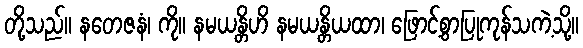
တို့သည်။ နတေဇနံ၊ ကို။ နမယန္တိဟိ နမယန္တိယထာ၊ ဖြောင့်စွာပြုကုန်သကဲ့သို့။